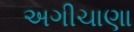
અગીચાણા